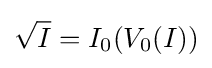
{\sqrt {I}}=I_{0}(V_{0}(I))